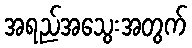
အရည်အသွေးအတွက်